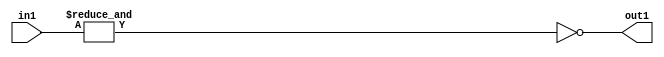
`timescale 1ps / 1ps
/*****************************************************************************
    Verilog RTL Description
    
    
    Created by: Stratus DpOpt 2019.1.01 
*******************************************************************************/

module in_buff_Nei7u3_4 (
	in1,
	out1
	); /* architecture "behavioural" */ 
input [2:0] in1;
output  out1;
wire  asc001,
	asc002;

assign asc002 = 
	(&in1);

assign asc001 = 
	((~asc002));

assign out1 = asc001;
endmodule

/* CADENCE  urnyTwA= : u9/ySgnWtBlWxVPRXgAZ4Og= ** DO NOT EDIT THIS LINE ******/